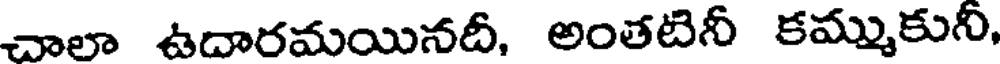
చాలా ఉదారమయినదీ, అంతటినీ కమ్ముకునీ,